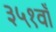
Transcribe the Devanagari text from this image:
३५१वाँ